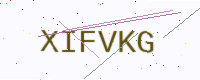
Text: XIFVKG